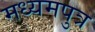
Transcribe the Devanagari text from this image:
मध्यमपुत्र